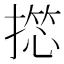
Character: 𢱶